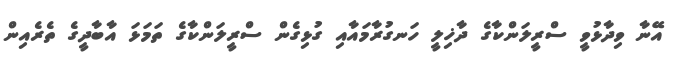
އޭނާ ވިދާޅުވީ ސްރީލަންކާގެ ދާޚިލީ ހަނގުރާމައާއި ގުޅިގެން ސްރީލަންކާގެ ތަމަޅަ އާބާދީގެ ތެރެއިން